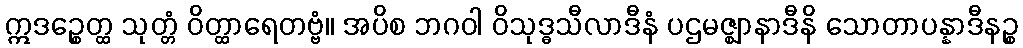
ဣဒဉ္စေတ္ထ သုတ္တံ ဝိတ္ထာရေတဗ္ဗံ။ အပိစ ဘဂဝါ ဝိသုဒ္ဓသီလာဒီနံ ပဌမဇ္ဈာနာဒီနိ သောတာပန္နာဒီနဉ္စ